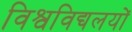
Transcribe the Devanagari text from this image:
विश्वविद्यलयों